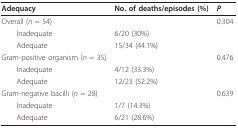
<table><thead><tr><td><b>Adequacy</b></td><td><b>No. of deaths/episodes (%)</b></td><td><b><i>P</i></b></td></tr></thead><tbody><tr><td>Overall (<i>n </i>= 54)</td><td></td><td>0.304</td></tr><tr><td> Inadequate</td><td>6/20 (30%)</td><td></td></tr><tr><td> Adequate</td><td>15/34 (44.1%)</td><td></td></tr><tr><td>Gram-positive organism (<i>n </i>= 35)</td><td></td><td>0.476</td></tr><tr><td> Inadequate</td><td>4/12 (33.3%)</td><td></td></tr><tr><td> Adequate</td><td>12/23 (52.2%)</td><td></td></tr><tr><td>Gram-negative bacilli (<i>n </i>= 28)</td><td></td><td>0.639</td></tr><tr><td> Inadequate</td><td>1/7 (14.3%)</td><td></td></tr><tr><td> Adequate</td><td>6/21 (28.6%)</td><td></td></tr></tbody></table>